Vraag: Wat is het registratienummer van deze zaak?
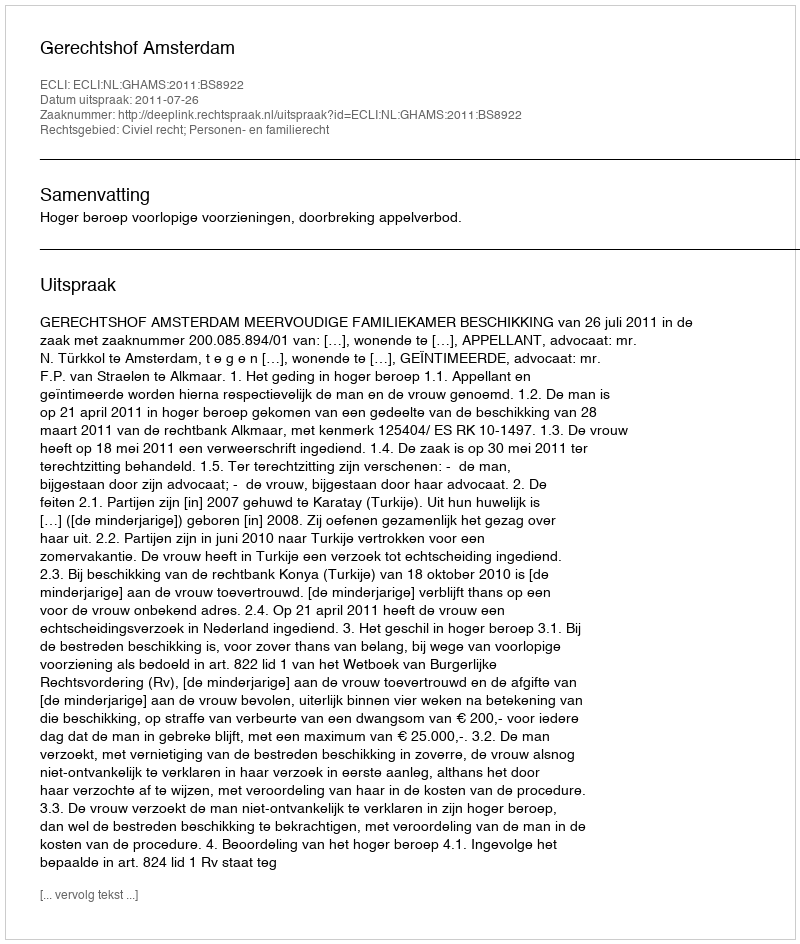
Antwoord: http://deeplink.rechtspraak.nl/uitspraak?id=ECLI:NL:GHAMS:2011:BS8922